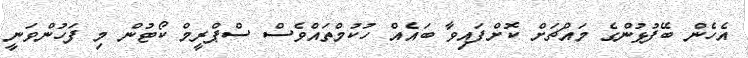
އެހެން ބޭފުޅުންގެ މައްޗަށް ކޮށްފައިވާ ބައެއް ހުކުމްތައްވެސް ސްޕްރީމް ކޯޓުން މި ފަހުންވަނީ